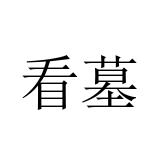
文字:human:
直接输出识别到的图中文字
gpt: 看墓